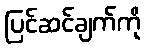
ပြင်ဆင်ချက်ကို